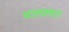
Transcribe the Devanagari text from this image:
घालवणार